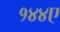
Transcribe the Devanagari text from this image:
१४४ए